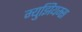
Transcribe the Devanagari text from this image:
म्‍युझियम्‍स